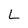
Character: L